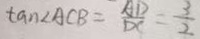
\tan \angle A C B = \frac { A D } { D C } = \frac { 3 } { 2 }